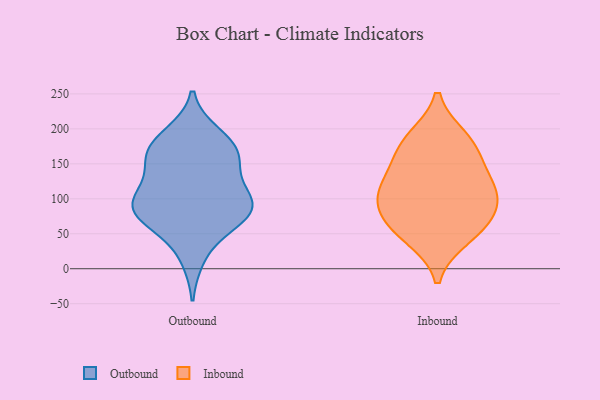
{"axis": {"x": "Conversion Rate (%)", "y": "Value"}, "legend": ["Inbound", "Outbound"], "data": [{"x": "", "y": 96, "type": "Outbound"}, {"x": "", "y": 69, "type": "Outbound"}, {"x": "", "y": 184, "type": "Outbound"}, {"x": "", "y": 60, "type": "Outbound"}, {"x": "", "y": 84, "type": "Outbound"}, {"x": "", "y": 91, "type": "Outbound"}, {"x": "", "y": 168, "type": "Outbound"}, {"x": "", "y": 192, "type": "Outbound"}, {"x": "", "y": 16, "type": "Outbound"}, {"x": "", "y": 88, "type": "Outbound"}, {"x": "", "y": 154, "type": "Outbound"}, {"x": "", "y": 156, "type": "Outbound"}, {"x": "", "y": 80, "type": "Outbound"}, {"x": "", "y": 108, "type": "Outbound"}, {"x": "", "y": 165, "type": "Outbound"}, {"x": "", "y": 122, "type": "Outbound"}, {"x": "", "y": 178, "type": "Inbound"}, {"x": "", "y": 45, "type": "Inbound"}, {"x": "", "y": 157, "type": "Inbound"}, {"x": "", "y": 186, "type": "Inbound"}, {"x": "", "y": 106, "type": "Inbound"}, {"x": "", "y": 120, "type": "Inbound"}, {"x": "", "y": 71, "type": "Inbound"}, {"x": "", "y": 58, "type": "Inbound"}, {"x": "", "y": 91, "type": "Inbound"}, {"x": "", "y": 117, "type": "Inbound"}]}